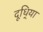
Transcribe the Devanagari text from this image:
दूधि्या